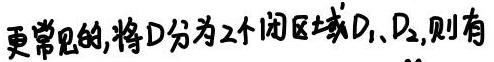
更常见的,将$D$分为2个闭区域$D_1、D_2$,则有